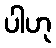
ပါဟု